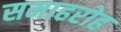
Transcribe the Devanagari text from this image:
समाहरोह